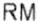
RM